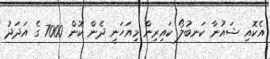
އެކޮއި ޝައުނާ ކަނބުލޯ ކައިރިން މިއަހަނީ ދެން ކޮން 7000 ގެ އަދަދު